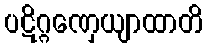
ပဋိဂ္ဂဏှေယျာထာတိ